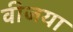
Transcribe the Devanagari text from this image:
वीजया